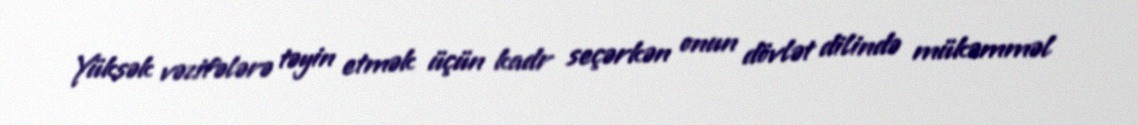
Yüksək vəzifələrə təyin etmək üçün kadr seçərkən onun dövlət dilində mükəmməl